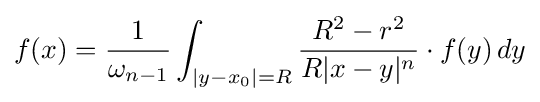
f(x)={\frac {1}{\omega _{n-1}}}\int _{|y-x_{0}|=R}{\frac {R^{2}-r^{2}}{R|x-y|^{n}}}\cdot f(y)\,dy